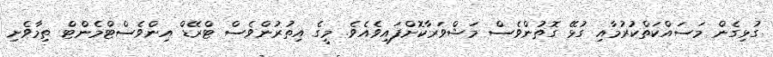
ގުޅިގެން މަސައްކަތްކުރުމާއި ގުޅޭ ގޮތުންވެސް މަޝްވަރާކޮށްފައިވެއެވެ. މީގެ އިތުރުންވެސް ޓްރޭޑް އިންވެސްޓްމެންޓް ތިމާވެށި